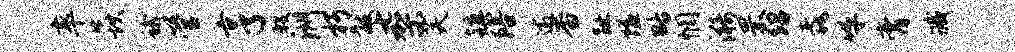
率焱蛾管亨殷洲朽黻七架芙镇陪逾杳趾隘略惘漪罘绍毳呼膏臧